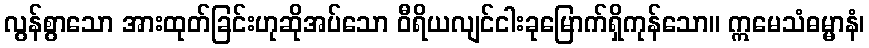
လွန်စွာသော အားထုတ်ခြင်းဟုဆိုအပ်သော ဝီရိယလျင်ငါးခုမြောက်ရှိကုန်သော။ ဣမေသံဓမ္မာနံ၊